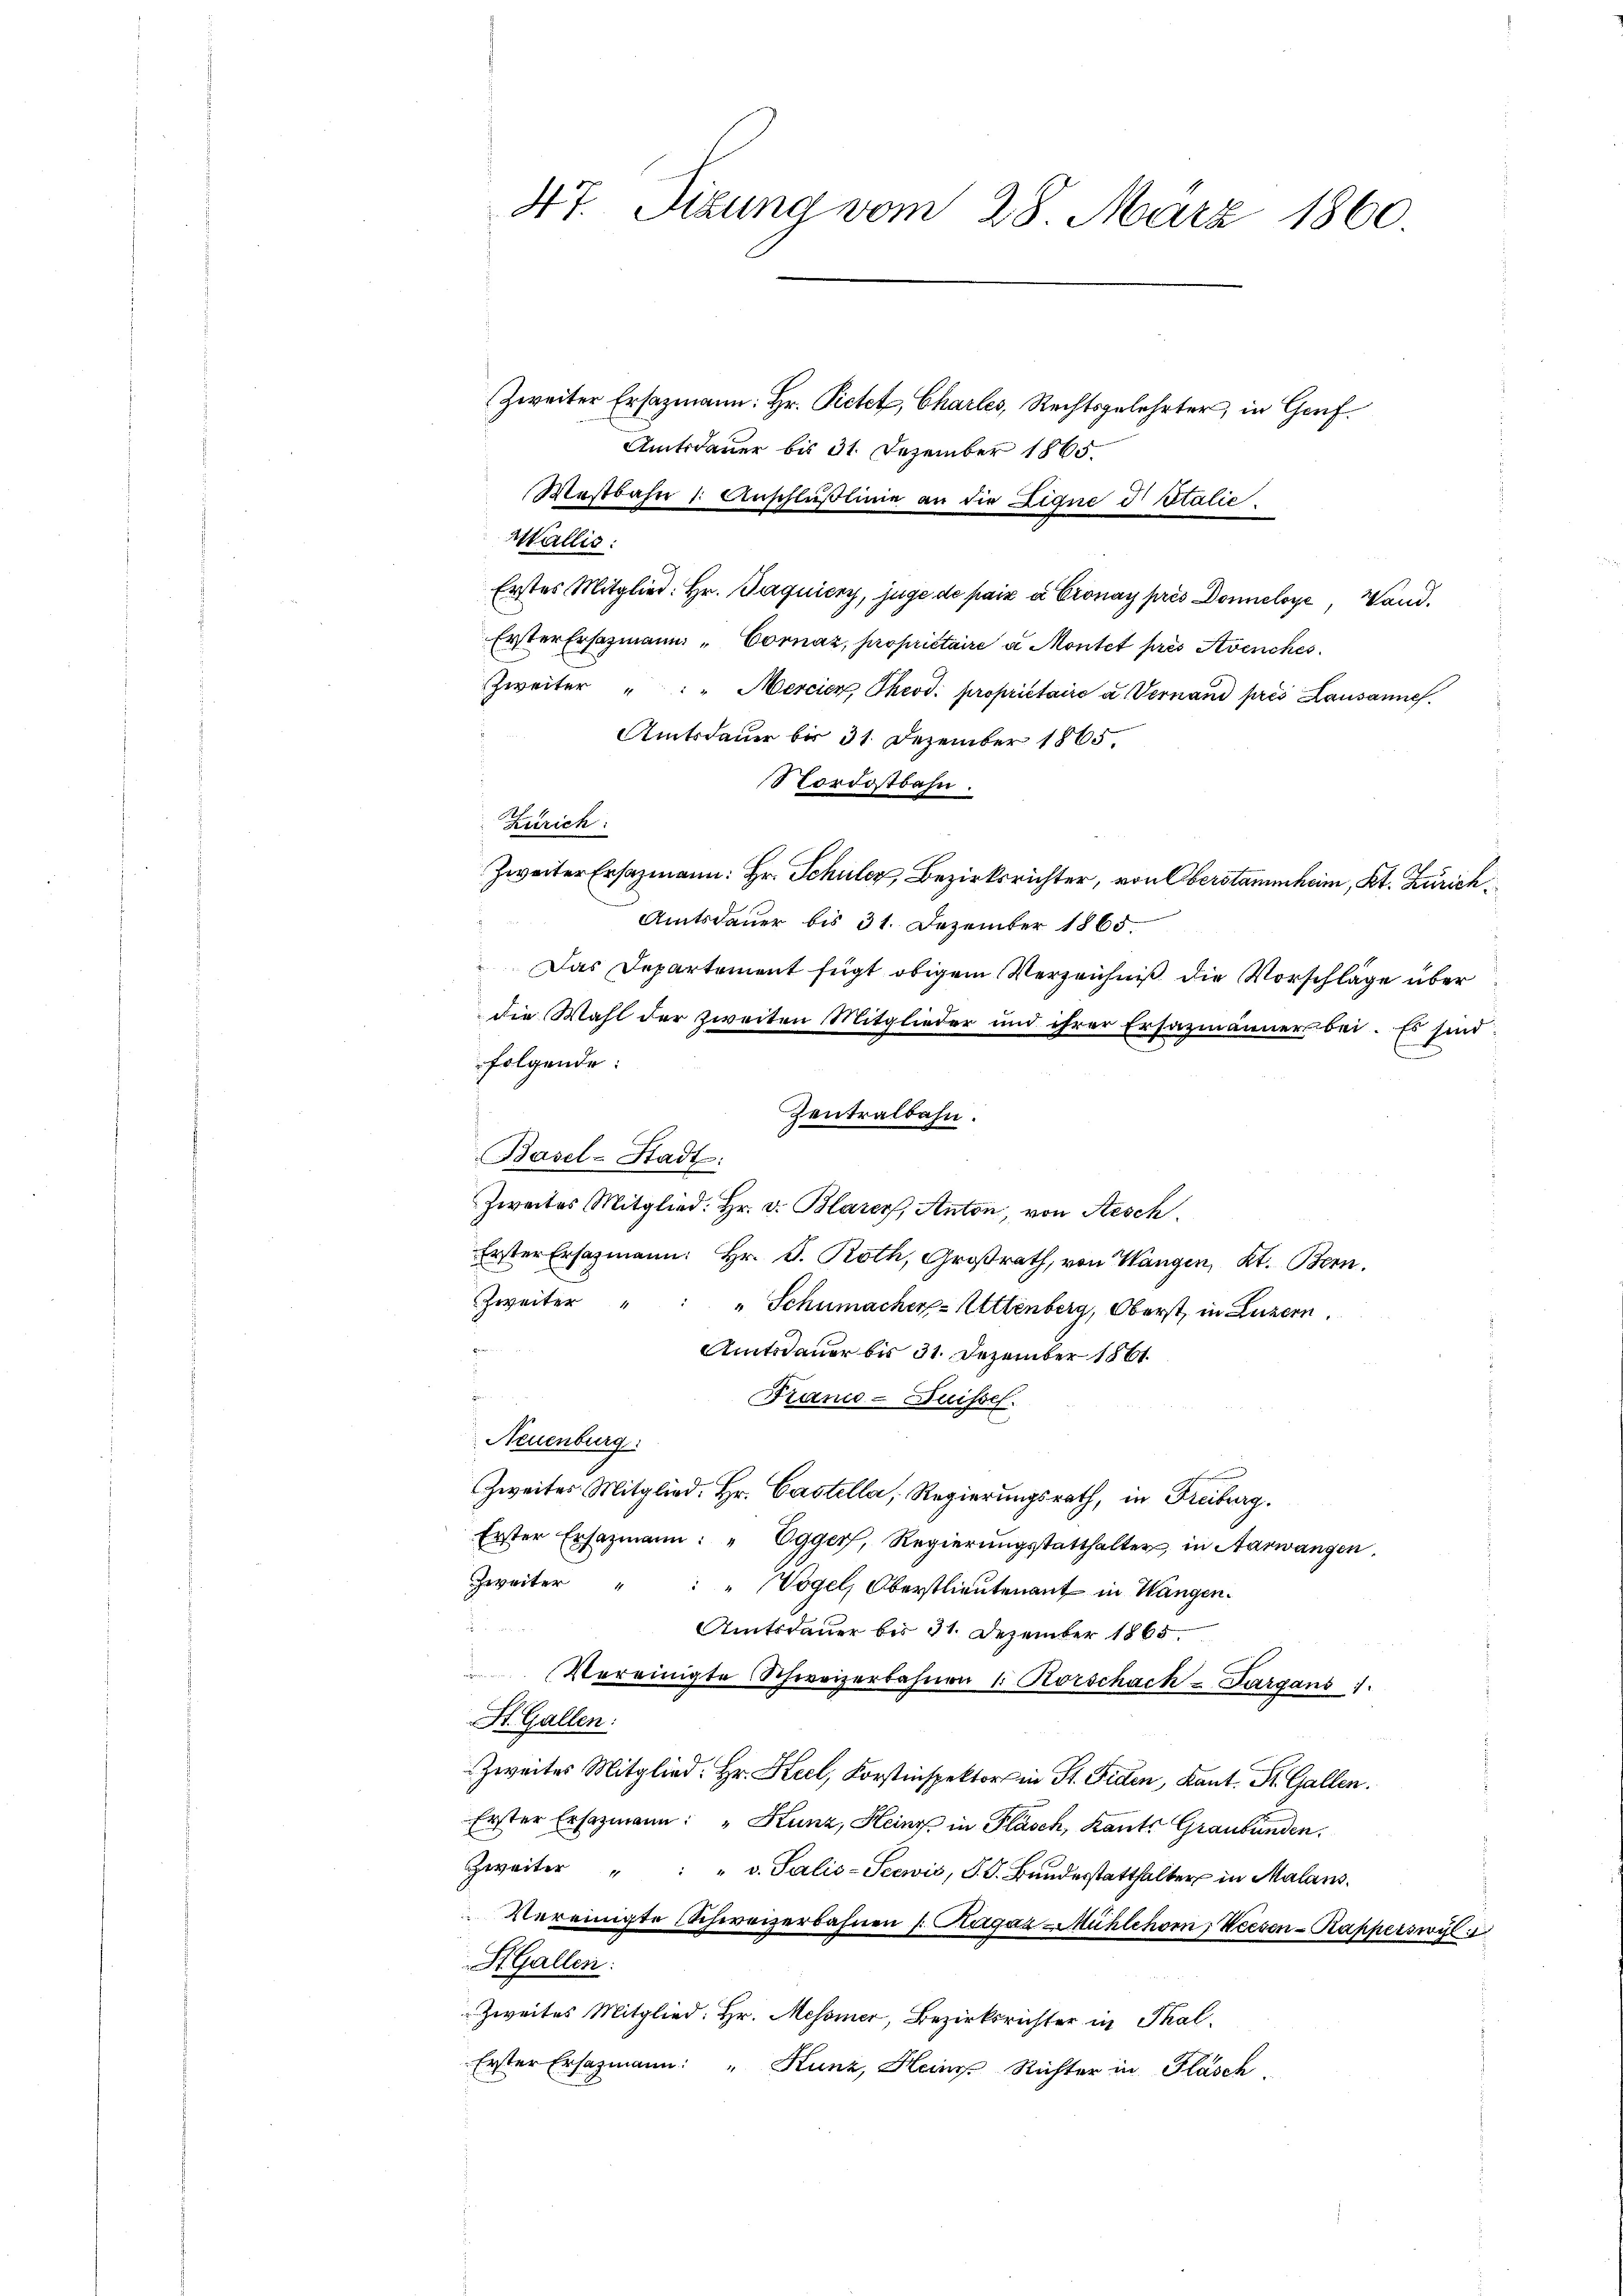
Wallis:
Erstes Mitglied. Hr. Jaquiery, juge de paix à Cronay près Donneloye, Wand¬
Erster Ersatzmann - Cornaz, propriétaire a Montet prés Avenches
Zweiter " " Mercier, Theod. propriétaire a. Vernand pres Lausannes.
Amtsdauer bis 31. Dezember 1865.
Nordostbahn.
Zürich:
Zweiter Ersatzmann: Hr. Schuler, Bezirksrichter, von Oberstammheim, Kt. Zürich¬
Amtsdauer bis 31. Dezember 1865.
Das Departement fügt obigem Verzeichniß die Vorschläge über
die Wahl der zweiten Mitglieder und ihrer Ersazmänner bei. Es sind:
folgende:
Zentralbahn.
Basel-Stadt:
Zweites Mitglied: Hr. v. Blarer, Anton, von Aesch.
Erster Ersatzmann: Hr. P. Roth, Großrath, von Wangen, Kt. Bern.
Zweiter
" Schumacher-Rettenberg, Oberst, in Luzern.
Amtsdauer bis 31. Dezember 1861
Franco-Duisses.
Neuenburg
Zweiter Mitglied. Hr. Castella, Regierungsrath, in Freiburg.
Erster Ersazmann: " Egger, Regierŭngsstatthalter in Aarwangen.
Zweiter " " " Vogel, Oberstlieutenant in Wangen.
d
Amtsdauer bis 31. Dezember 1865.
Vereinigte Schweizerbahnen 1. Korschach u Sargans 1.
St. Gallen:
Zweites Mitglied. Hr. Keel, Korstinspektors in St. Fiden, Kant. St. Gallen.
Erster Ersezmann: " Kunz, Hein in Pläsch, Kants Graubünden.
Zweiter " " " v. Salis-Seewis, S. J. Bŭndesstatthalter in Malans¬
Vereinigte Schweizerbahnen /: Kágáz Mühlehorn, Weesen-Kapperswyl
H.Gallen:
Zweites Mitglied: Hr. Messner, Bezirksrichter in Thal¬
Erster Ersatzmann: " Kunz, Heim Richter in Fläsch

47. Sizung vom 28. März 1860.
Zweiter Ersazmann: Hr. Pietet, Charles, Rechtsgelehrter, in Gorf.
Amtsdauer bis 31. Dezember 1865.
Mestbahn /: Anschlüßline an die Eigne d Italie